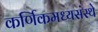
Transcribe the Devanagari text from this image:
कर्णिकमध्यसंस्थे